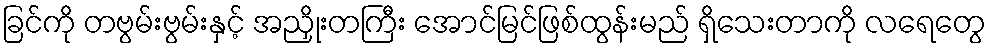
ခြင်ကို တဗွမ်းဗွမ်းနှင့် အညှိုးတကြီး အောင်မြင်ဖြစ်ထွန်းမည် ရှိသေးတာကို လရေတွေ